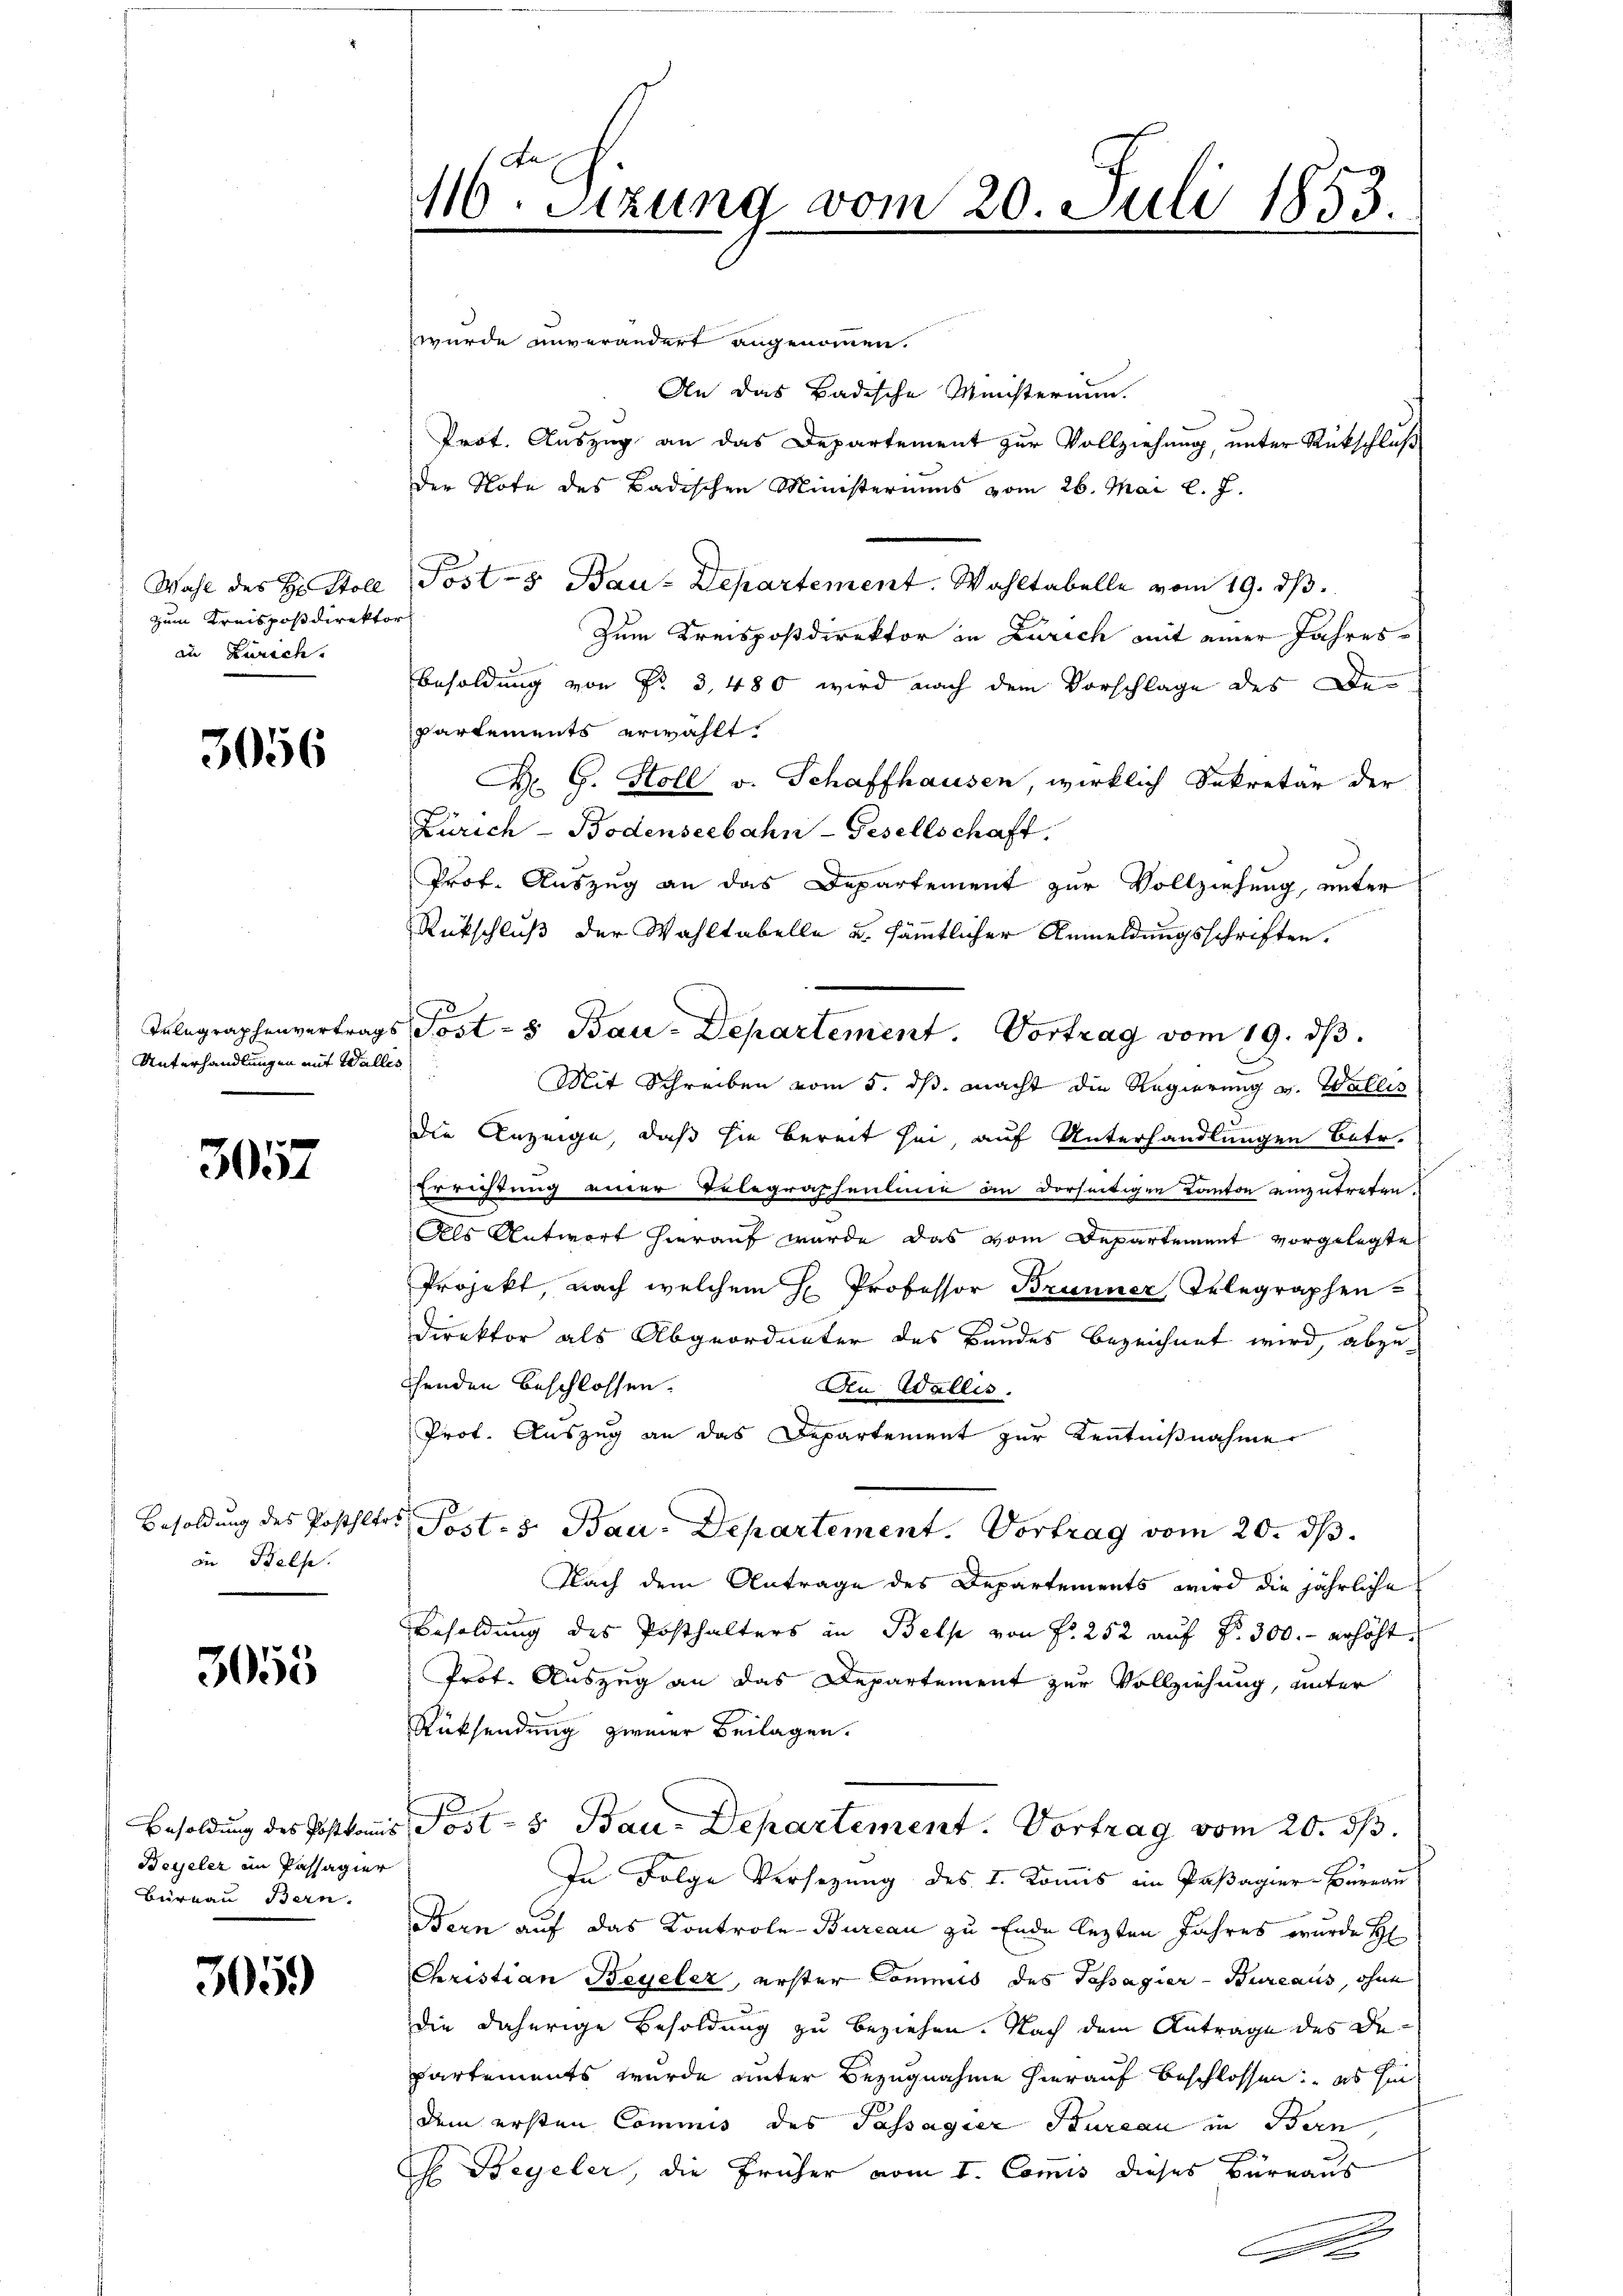
Wahl des Hr. Stoll
zum Kreispostdirekto
in Zürich.

3056

Unterhandlungen mit Walles

3057

Besoldung des Posthler
an Balse

3055

Besoldung des Postkomis
Beyeler in Passagier
Büreau Bern.

305.

116. Sitzung vom 20. Juli 1853.
m

wurde unverändert angenommen.
An das Badische Ministerium.
Prot. Auszug an das Departement zur Vollziehung, unter Rückschluß
der Note des Badischen Ministeriums vom 26. Mai l. J.
Post- & Bau-Departement. Wahltabelle vom 19. dβ.
Zum Kreispostdirektor in Zürich mit einer Jahres
Besoldung von Fr. 3, 480 wird nach dem Vorschlage des De
partements erwählt.
Dr. G. Stoll v. Schaffhausen, wirklich Sekretär der
Zürich-Bodenseebahn-Gesellschaft.
Prof. Auszug an das Departement zur Vollziehung, unter
Rückschluß der Wahltabelle u. sämmtlicher Anmeldungsschriften.
Telegraphenvertrags Post- & Bau-Departement. Vortrag vom 19. dβ.
Mit Schreiben vom 5. ds. macht die Regierung v. Wallis
die Anzeige, daß sie bereit sei, auf Unterhandlungen betr.
Errichtung einer Telegraphenlinie an derseitigen Kanton einzutreten.
Als Antwort hierauf wurde das vom Departement vorgelegte
Projekt, nach welchem H Professor Brunner Telegraphen-
3
Direktor als Abgeordneter des Bandes bezeichnet wird, abzuchenden beschlossen.
An Wallis.
Prof. Auszug an das Departement zur Kenntnißnahme
 Post- & Bau-Departement. Vortrag vom 20. ds.
Nach dem Antrage des Departements wird die jährliche
Besoldung des Posthalters in Bels von Fr. 252 auf Fr. 300.- erhöht.
Prof. Auszug an das Departement zur Vollziehung, unter
Rücksendung zweier Beilagen.
P.s Bau-Departement. Vortrag vom 20. ds.
In Folge Versetzung des I. Kommis im Paßagier-Bureau
Bern auf das Kontrole-Bureau zu Ende lezten Jahres wurde H
Christian Beyeler, erster Commis des Tassagier-Bureaus, ohne
die daherige Besoldung zu beziehen. Nach dem Antrage des Departements wurde unter Bezugnahme hierauf beschlossen es sie
dem ersten Commis des Passagier Bureau in Bern
H Beyeler, die früher vom I. Comis dieses Büreaus
A
x